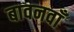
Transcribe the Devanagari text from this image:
बावनवाँ